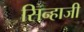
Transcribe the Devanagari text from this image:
सिन्हाजी